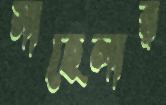
সাহেলার